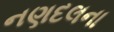
નણદલના